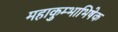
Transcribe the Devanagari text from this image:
महाकुम्भाभिषेक